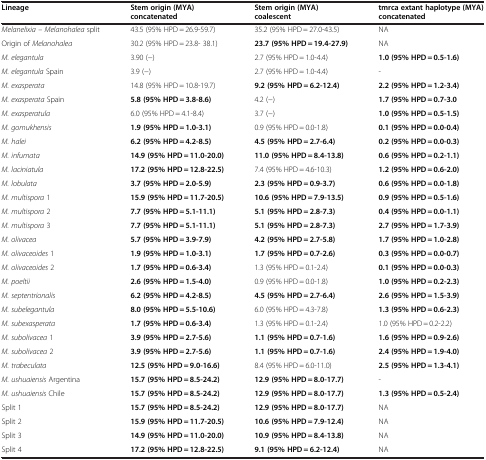
<table><thead><tr><td><b>Lineage</b></td><td><b>Stem origin (MYA) concatenated</b></td><td><b>Stem origin (MYA) coalescent</b></td><td><b>tmrca extant haplotype (MYA) concatenated</b></td></tr></thead><tbody><tr><td><i>Melanelixia</i> – <i>Melanohalea</i> split</td><td>43.5 (95% HPD = 26.9-59.7)</td><td>35.2 (95% HPD = 27.0-43.5)</td><td>NA</td></tr><tr><td>Origin of <i>Melanohalea</i></td><td>30.2 (95% HPD = 23.8- 38.1)</td><td><b>23.7 (95% HPD = 19.4-27.9)</b></td><td>NA</td></tr><tr><td><i>M. elegantula</i></td><td>3.90 (−)</td><td>2.7 (95% HPD = 1.0-4.4)</td><td><b>1.0 (95% HPD = 0.5-1.6)</b></td></tr><tr><td><i>M. elegantula</i> Spain</td><td>3.9 (−)</td><td>2.7 (95% HPD = 1.0-4.4)</td><td>-</td></tr><tr><td><i>M. exasperata</i></td><td>14.8 (95% HPD = 10.8-19.7)</td><td><b>9.2 (95% HPD = 6.2-12.4)</b></td><td><b>2.2 (95% HPD = 1.2-3.4)</b></td></tr><tr><td><i>M. exasperata</i> Spain</td><td><b>5.8 (95% HPD = 3.8-8.6)</b></td><td>4.2 (−)</td><td><b>1.7 (95% HPD = 0.7-3.0</b></td></tr><tr><td><i>M. exasperatula</i></td><td>6.0 (95% HPD = 4.1-8.4)</td><td>3.7 (−)</td><td><b>1.0 (95% HPD = 0.5-1.5)</b></td></tr><tr><td><i>M. gomukhensis</i></td><td><b>1.9 (95% HPD = 1.0-3.1)</b></td><td>0.9 (95% HPD = 0.0-1.8)</td><td><b>0.1 (95% HPD = 0.0-0.4)</b></td></tr><tr><td><i>M. halei</i></td><td><b>6.2 (95% HPD = 4.2-8.5)</b></td><td><b>4.5 (95% HPD = 2.7-6.4)</b></td><td><b>0.2 (95% HPD = 0.0-0.3)</b></td></tr><tr><td><i>M. infumata</i></td><td><b>14.9 (95% HPD = 11.0-20.0)</b></td><td><b>11.0 (95% HPD = 8.4-13.8)</b></td><td><b>0.6 (95% HPD = 0.2-1.1)</b></td></tr><tr><td><i>M. laciniatula</i></td><td><b>17.2 (95% HPD = 12.8-22.5)</b></td><td>7.4 (95% HPD = 4.6-10.3)</td><td><b>1.2 (95% HPD = 0.6-2.0)</b></td></tr><tr><td><i>M. lobulata</i></td><td><b>3.7 (95% HPD = 2.0-5.9)</b></td><td><b>2.3 (95% HPD = 0.9-3.7)</b></td><td><b>0.6 (95% HPD = 0.0-1.8)</b></td></tr><tr><td><i>M. multispora</i> 1</td><td><b>15.9 (95% HPD = 11.7-20.5)</b></td><td><b>10.6 (95% HPD = 7.9-13.5)</b></td><td><b>0.9 (95% HPD = 0.5-1.6)</b></td></tr><tr><td><i>M. multispora</i> 2</td><td><b>7.7 (95% HPD = 5.1-11.1)</b></td><td><b>5.1 (95% HPD = 2.8-7.3)</b></td><td><b>0.4 (95% HPD = 0.0-1.1)</b></td></tr><tr><td><i>M. multispora</i> 3</td><td><b>7.7 (95% HPD = 5.1-11.1)</b></td><td><b>5.1 (95% HPD = 2.8-7.3)</b></td><td><b>2.7 (95% HPD = 1.7-3.9)</b></td></tr><tr><td><i>M. olivacea</i></td><td><b>5.7 (95% HPD = 3.9-7.9)</b></td><td><b>4.2 (95% HPD = 2.7-5.8)</b></td><td><b>1.7 (95% HPD = 1.0-2.8)</b></td></tr><tr><td><i>M. olivaceoides</i> 1</td><td><b>1.9 (95% HPD = 1.0-3.1)</b></td><td><b>1.7 (95% HPD = 0.7-2.6)</b></td><td><b>0.3 (95% HPD = 0.0-0.7)</b></td></tr><tr><td><i>M. olivaceoides</i> 2</td><td><b>1.7 (95% HPD = 0.6-3.4)</b></td><td>1.3 (95% HPD = 0.1-2.4)</td><td><b>0.1 (95% HPD = 0.0-0.3)</b></td></tr><tr><td><i>M. poeltii</i></td><td><b>2.6 (95% HPD = 1.5-4.0)</b></td><td>0.9 (95% HPD = 0.0-1.8)</td><td><b>1.0 (95% HPD = 0.2-2.3)</b></td></tr><tr><td><i>M. septentrionalis</i></td><td><b>6.2 (95% HPD = 4.2-8.5)</b></td><td><b>4.5 (95% HPD = 2.7-6.4)</b></td><td><b>2.6 (95% HPD = 1.5-3.9)</b></td></tr><tr><td><i>M. subelegantula</i></td><td><b>8.0 (95% HPD = 5.5-10.6)</b></td><td>6.0 (95% HPD = 4.3-7.8)</td><td><b>1.3 (95% HPD = 0.6-2.3)</b></td></tr><tr><td><i>M. subexasperata</i></td><td><b>1.7 (95% HPD = 0.6-3.4)</b></td><td>1.3 (95% HPD = 0.1-2.4)</td><td>1.0 (95% HPD = 0.2-2.2)</td></tr><tr><td><i>M. subolivacea</i> 1</td><td><b>3.9 (95% HPD = 2.7-5.6)</b></td><td><b>1.1 (95% HPD = 0.7-1.6)</b></td><td><b>1.6 (95% HPD = 0.9-2.6)</b></td></tr><tr><td><i>M. subolivacea</i> 2</td><td><b>3.9 (95% HPD = 2.7-5.6)</b></td><td><b>1.1 (95% HPD = 0.7-1.6)</b></td><td><b>2.4 (95% HPD = 1.9-4.0)</b></td></tr><tr><td><i>M. trabeculata</i></td><td><b>12.5 (95% HPD = 9.0-16.6)</b></td><td>8.4 (95% HPD = 6.0-11.0)</td><td><b>2.5 (95% HPD = 1.3-4.1)</b></td></tr><tr><td><i>M. ushuaiensis</i> Argentina</td><td><b>15.7 (95% HPD = 8.5-24.2)</b></td><td><b>12.9 (95% HPD = 8.0-17.7)</b></td><td>-</td></tr><tr><td><i>M. ushuaiensis</i> Chile</td><td><b>15.7 (95% HPD = 8.5-24.2)</b></td><td><b>12.9 (95% HPD = 8.0-17.7)</b></td><td><b>1.3 (95% HPD = 0.5-2.4)</b></td></tr><tr><td>Split 1</td><td><b>15.7 (95% HPD = 8.5-24.2)</b></td><td><b>12.9 (95% HPD = 8.0-17.7)</b></td><td>NA</td></tr><tr><td>Split 2</td><td><b>15.9 (95% HPD = 11.7-20.5)</b></td><td><b>10.6 (95% HPD = 7.9-12.4)</b></td><td>NA</td></tr><tr><td>Split 3</td><td><b>14.9 (95% HPD = 11.0-20.0)</b></td><td><b>10.9 (95% HPD = 8.4-13.8)</b></td><td>NA</td></tr><tr><td>Split 4</td><td><b>17.2 (95% HPD = 12.8-22.5)</b></td><td><b>9.1 (95% HPD = 6.2-12.4)</b></td><td>NA</td></tr></tbody></table>